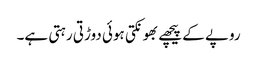
روپے کے پیچھے بھونکتی ہوئی دوڑتی رہتی ہے۔